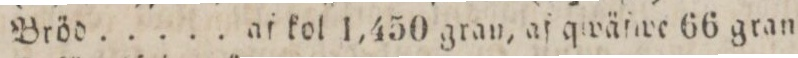
Bröå ..... af kol 1,450 gran, af qwäſwe 66 gran.